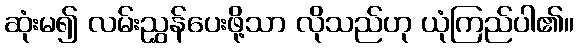
ဆုံးမ၍ လမ်းညွှန်ပေးဖို့သာ လိုသည်ဟု ယုံကြည်ပါ၏။